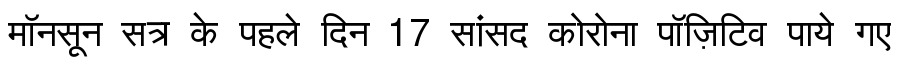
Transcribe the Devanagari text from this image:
मॉनसून सत्र के पहले दिन 17 सांसद कोरोना पॉज़िटिव पाये गए